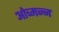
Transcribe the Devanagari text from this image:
ओच्मन्न